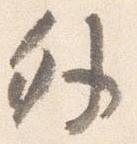
外